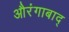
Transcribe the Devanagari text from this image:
औरंगाबाद्